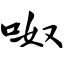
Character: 呶